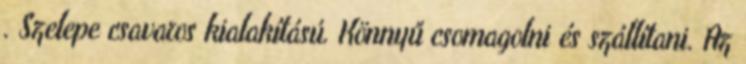
. Szelepe csavaros kialakítású. Könnyű csomagolni és szállítani. Az